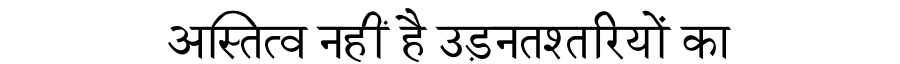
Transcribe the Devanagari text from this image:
अस्तित्व नहीं है उड़नतश्तरियों का